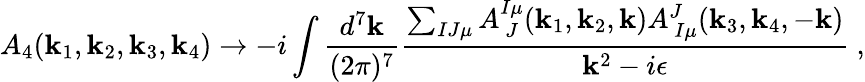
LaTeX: A_{4}(\mathbf{k}_{1},\mathbf{k}_{2},\mathbf{k}_{3},\mathbf{k}_{4})\rightarrow-i\int{\frac{{d^{7}\mathbf{k}}}{{(2\pi)^{7}}}}{\frac{{\sum_{IJ\mu}A_{\ J}^{I\mu}(\mathbf{k}_{1},\mathbf{k}_{2},\mathbf{k})A_{\ I\mu}^{J}(\mathbf{k}_{3},\mathbf{k}_{4},-\mathbf{k})}}{{\mathbf{k}^{2}-i\epsilon}}}\ ,